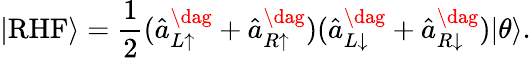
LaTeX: |\textrm{RHF}\rangle=\frac{1}{2}(\hat{a}_{L\uparrow}^{\dag}+\hat{a}_{R\uparrow}^{\dag})(\hat{a}_{L\downarrow}^{\dag}+\hat{a}_{R\downarrow}^{\dag})|\theta\rangle.